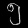
Digit: ၅